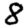
Digit: 8